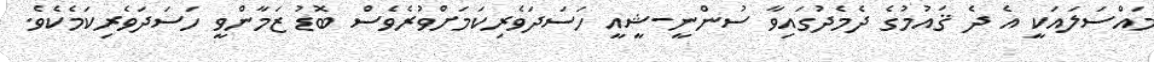
މައްސަލައަކީ އެ ދެ ޤައުމުގެ ދެމެދުގައިވާ ސުންނީ-ޝީއީ ހަސަދަވެރިކަމަށްވުރެވެސް ބޮޑު ޒަމާންވީ ހަސަދަވެރިކަމެކެވެ.